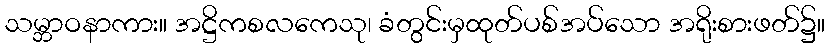
သမ္ဘာဝနာကား။ အဋ္ဌိကစလကေသု၊ ခံတွင်းမှထုတ်ပစ်အပ်သော အရိုးစားဖတ်၌။